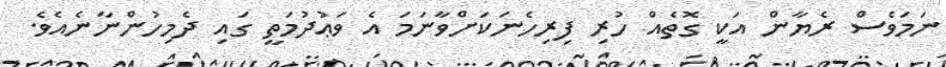
ނަމަވެސް ރެޔާން އަކީ ގޮތެއް ހުރި ފިރިހެނަކަށްވާނަމަ އެ ވަޢުދުމަތީ ގައި ދެމިހުންނާނެއެވެ.